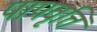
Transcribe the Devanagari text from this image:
पापवृत्ति